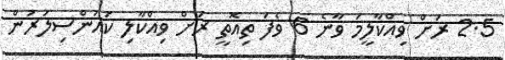
2.5 ރަށް ވިއްކާލީމަ ވާނެ 6 ވެފަ ތިއޮތީ ރަށް ވިއްކާލި ކައުންސިލަރުން